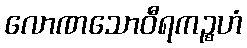
လောဏသောဝီရကဉ္စဟံ